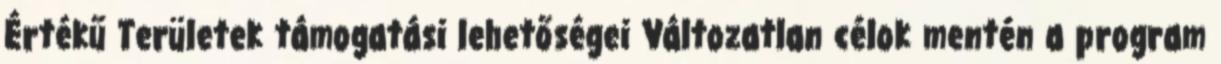
Értékű Területek támogatási lehetőségei Változatlan célok mentén a program